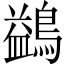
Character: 鷁